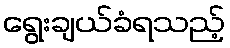
ရွေးချယ်ခံရသည့်